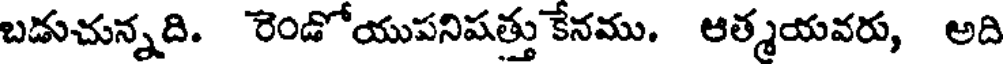
బడుచున్నది. రెండోయుపనిషత్తు కేనము. ఆత్మయవరు, అది